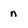
Character: n